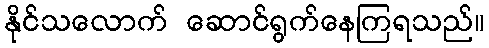
နိုင်သလောက် ဆောင်ရွက်နေကြရသည်။